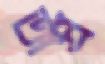
অপ্র